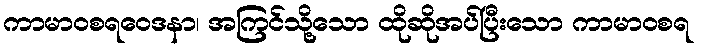
ကာမာဝစရဝေဒနာ၊ အကြင်သို့သော ထိုဆိုအပ်ပြီးသော ကာမာဝစရ